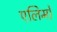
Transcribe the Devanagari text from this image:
एलिमो